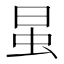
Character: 𰲭